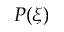
P ( \xi )